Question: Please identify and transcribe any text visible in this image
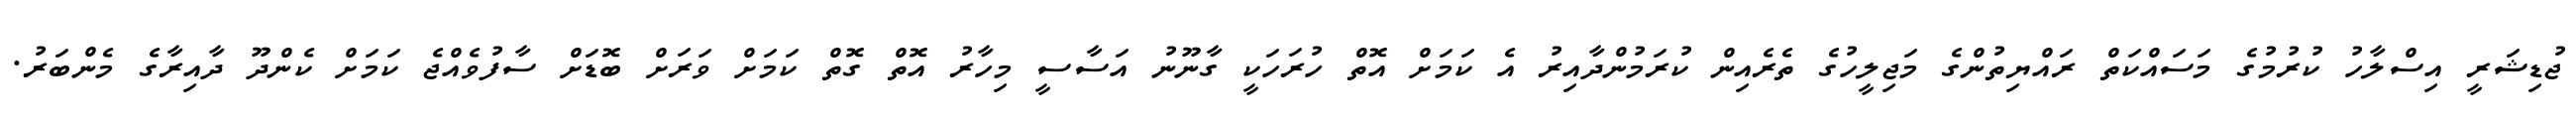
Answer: ޖުޑިޝަރީ އިސްލާހު ކުރުމުގެ މަސައްކަތް ރައްޔިތުންގެ މަޖިލީހުގެ ތެރެއިން ކުރަމުންދާއިރު އެ ކަމަށް އޮތް ހުރަހަކީ ގާނޫނު އަސާސީ މިހާރު އޮތް ގޮތް ކަމަށް ވަރަށް ބޮޑަށް ސާފުވެއްޖެ ކަމަށް ކެންދޫ ދާއިރާގެ މެންބަރު.